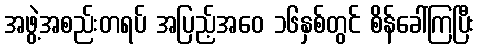
အဖွဲ့အစည်းတရပ် အပြည့်အဝေ ၁၆နှစ်တွင် စိန်ခေါ်ကြပြီး